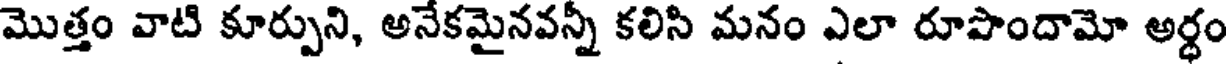
మొత్తం వాటి కూర్పుని, అనేకమైనవన్నీ కలిసి మనం ఎలా రూపొందామో అర్ధం